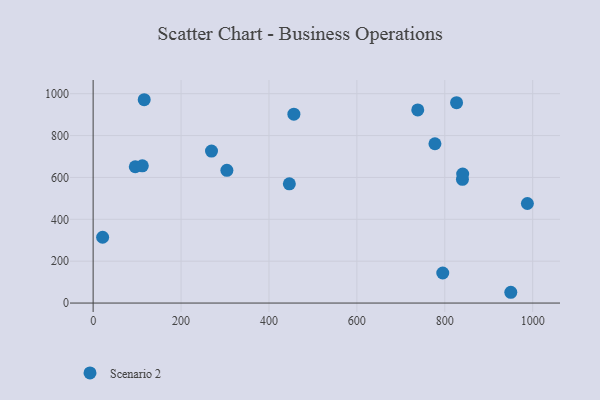
{"axis": {"x": "Study Hours", "y": "Yield"}, "legend": ["Scenario 2"], "data": [{"x": "840.2", "y": 590.8, "type": "Scenario 2"}, {"x": "840.7", "y": 616.3, "type": "Scenario 2"}, {"x": "826.8", "y": 957.3, "type": "Scenario 2"}, {"x": "777.6", "y": 760.9, "type": "Scenario 2"}, {"x": "21.6", "y": 314.3, "type": "Scenario 2"}, {"x": "950.2", "y": 51.5, "type": "Scenario 2"}, {"x": "795.4", "y": 143.6, "type": "Scenario 2"}, {"x": "987.9", "y": 475.6, "type": "Scenario 2"}, {"x": "116.2", "y": 971.2, "type": "Scenario 2"}, {"x": "269.3", "y": 725.8, "type": "Scenario 2"}, {"x": "738.5", "y": 922.3, "type": "Scenario 2"}, {"x": "95.9", "y": 651.1, "type": "Scenario 2"}, {"x": "304.3", "y": 634.1, "type": "Scenario 2"}, {"x": "446.4", "y": 569.7, "type": "Scenario 2"}, {"x": "456.7", "y": 902.3, "type": "Scenario 2"}, {"x": "111.9", "y": 655.5, "type": "Scenario 2"}]}